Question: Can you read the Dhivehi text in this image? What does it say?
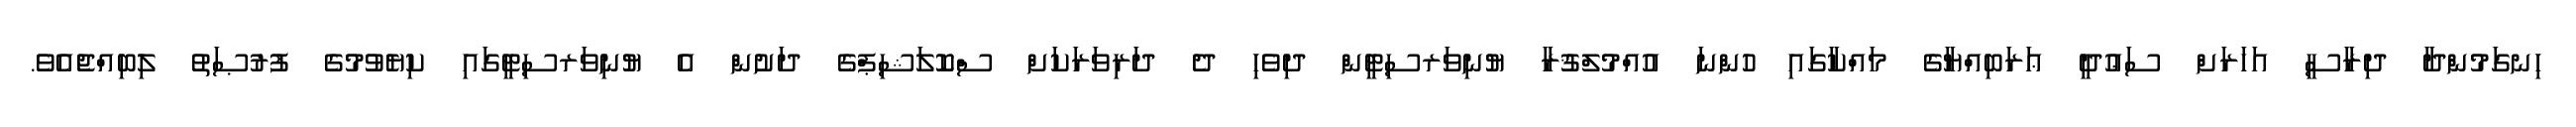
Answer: ހިނގަމުންދާ ދިރާސީ އަހަރަށް ސަޢުދީ ޢަރަބިއްޔާގެ މައްކާގައި ހުންނަ އުއްމުލްޤުރާ ޔުނިވަރސިޓީން ދިވެހި ދެ ދަރިވަރަކަށް ސްކޮލަޝިޕްގެ ދަށުން އެ ޔުނިވަރސިޓީގައި ކިޔެވުމުގެ ފުރުޞަތު ލިބިއްޖެއެވެ.